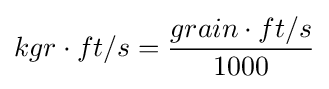
kgr\cdot ft/s={\frac {grain\cdot ft/s}{1000}}